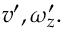
v ^ { \prime } , \omega _ { z } ^ { \prime } .